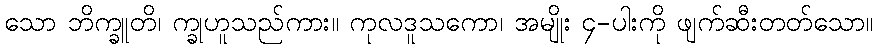
သော ဘိက္ခူတိ၊ က္ခုဟူသည်ကား။ ကုလဒူသကော၊ အမျိုး ၄-ပါးကို ဖျက်ဆီးတတ်သော။